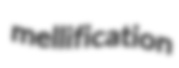
mellification